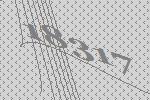
18317